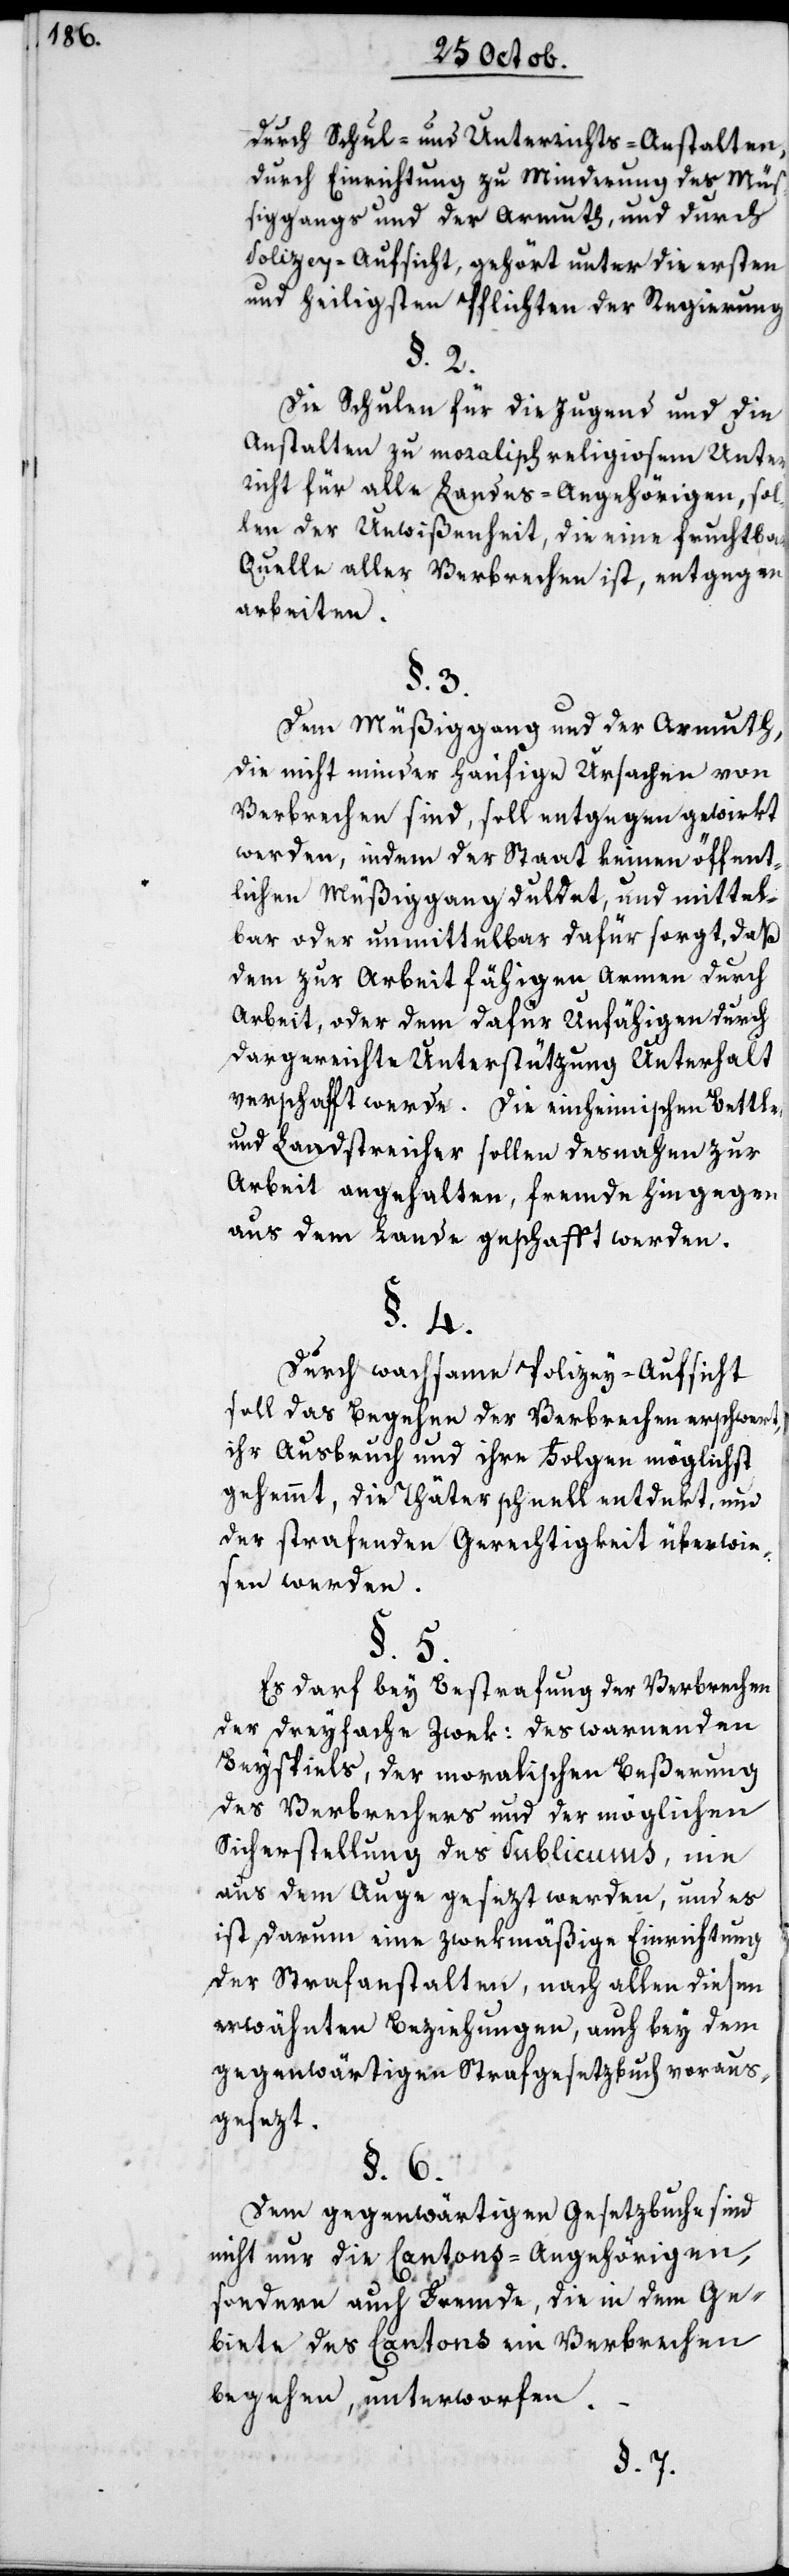
durch Schul- und Unterrichts-Anstalten,
durch Einrichtung zu Minderung des Müs¬
siggangs und der Armuth, und durch
Polizey-Aufsicht, gehört unter die ersten
und heiligsten Pflichten der Regierung.
§. 2.
Die Schulen für die Jugend und die
Anstalten zu moralischreligiosem Unterr¬
icht für alle Landes-Angehörigen, sol¬
len der Unwißenheit, die eine fruchtbare
Quelle aller Verbrechen ist, entgegen
arbeiten.
§. 3.
Dem Müßiggang und der Armuth,
die nicht minder häufige Ursachen von
Verbrechen sind, soll entgegen gewirkt
werden, indem der Staat keinen öffent¬
lichen Müßiggang duldet, und mittel¬
bar oder unmittelbar dafür sorgt, daß
dem zur Arbeit fähigen Armen durch
Arbeit, oder dem dafür Unfähigen durch
dargereichte Unterstützung Unterhalt
verschaffen werde. Die einheimischen Bettler
und Landstreicher sollen desnahen zur
Arbeit angehalten, Fremde hingegen
aus dem Lande geschafft werden.
§. 4.
Durch wachsame Polizey-Aufsicht
soll das Begehen der Verbrechen erschwert,
ihr Ausbruch und ihre Folgen möglichst
gehemmt, die Thäter schnell entdekt und
der strafenden Gerechtigkeit überwie¬
sen werden.
§. 5.
Es darf bey Bestrafung der Verbrechen
der dreyfache Zwek: Des warnenden
Beyspiels; der moralischen Beßerung
des Verbrechers und der möglichen
Sicherstellung des Publicums, nie
aus dem Auge gesezt werden, und es
ist darum eine zwekmäßige Einrichtung
der Strafanstalten, nach allen diesen
erwähnten Beziehungen, auch bey dem
gegenwärtigen Strafgesetzbuch voraus¬
gesezt.
§. 6.
Dem gegenwärtigen Gesetzbuche sind
nicht nur die Cantons-Angehörigen,
sondern auch Fremde, die in dem Ge¬
biete des Cantons ein Verbrechen
begehen, unterworfen.